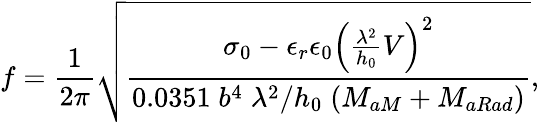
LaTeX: f=\frac{1}{2\pi}\sqrt{\frac{\sigma_{0}-\epsilon_{r}\epsilon_{0}\left(\frac{\lambda^{2}}{h_{0}}V\right)^{2}}{0.0351\; b^{4}\; \lambda^{2}/h_{0}\; (M_{aM}+M_{aRad})}},